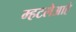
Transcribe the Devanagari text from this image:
म्हटलेआहे